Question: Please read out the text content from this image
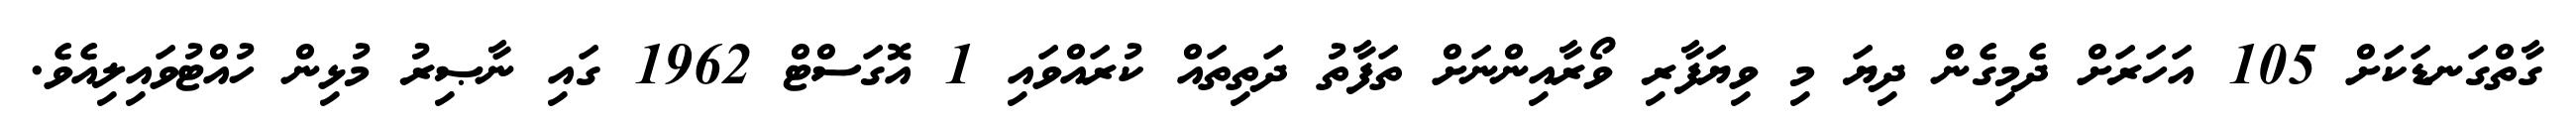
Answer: ގާތްގަނޑަކަށް 105 އަހަރަށް ދެމިގެން ދިޔަ މި ވިޔަފާރި ވޯރާއިންނަށް ތަފާތު ދަތިތައް ކުރައްވައި 1 އޮގަސްޓް 1962 ގައި ނާޞިރު މުޅިން ހުއްޓުވައިލިއެވެ.